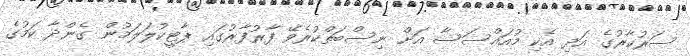
ސަރުކާރުގެ އަދި އެކި މުއައްސަސާ އަށް ނިސްބަތްކުރެވޭ ފާރުފާރުގައި ޕާޓީކުލަލަމުން ގެންދާ ކަމުގެ